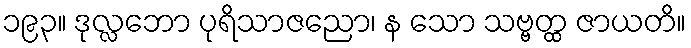
၁၉၃။ ဒုလ္လဘော ပုရိသာဇညော၊ န သော သဗ္ဗတ္ထ ဇာယတိ။